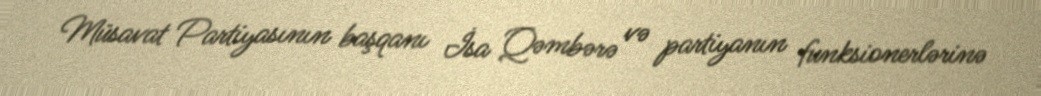
Müsavat Partiyasının başqanı İsa Qəmbərə və partiyanın funksionerlərinə